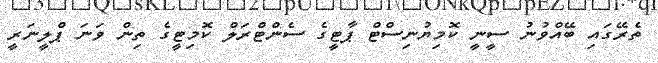
ތެރޭގައި ބޭއްވުނު ސީނީ ކޮމިޔުނިސްޓް ޕާޓީގެ ސެންޓްރަލް ކޮމިޓީގެ ތިން ވަނަ ޕްލީނަރީ